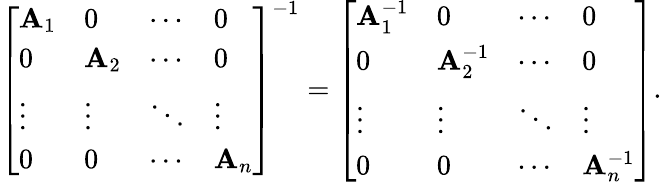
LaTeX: {\left[\begin{array}{llll}{\mathbf{A}_{1}}&{0}&{\cdots}&{0}\\ {0}&{\mathbf{A}_{2}}&{\cdots}&{0}\\ {\vdots}&{\vdots}&{\ddots}&{\vdots}\\ {0}&{0}&{\cdots}&{\mathbf{A}_{n}}\end{array}\right]}^{-1}={\left[\begin{array}{llll}{\mathbf{A}_{1}^{-1}}&{0}&{\cdots}&{0}\\ {0}&{\mathbf{A}_{2}^{-1}}&{\cdots}&{0}\\ {\vdots}&{\vdots}&{\ddots}&{\vdots}\\ {0}&{0}&{\cdots}&{\mathbf{A}_{n}^{-1}}\end{array}\right]}.